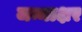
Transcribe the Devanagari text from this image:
जन्माक्षर